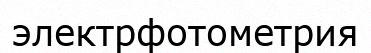
электрфотометрия